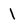
Character: 1